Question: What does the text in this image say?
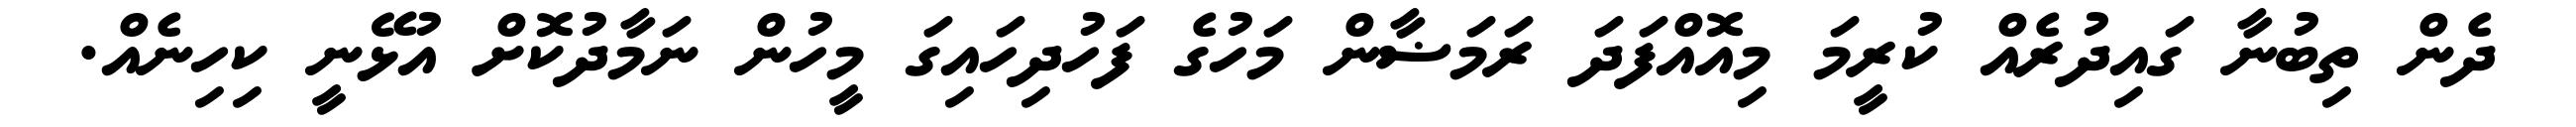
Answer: ދެން ތިބުނާ ގައިދުރެއް ކުރީމަ މިއޮއްފަދަ ރަމަޟާން މަހުގެ ފަހުދިހައިގަ މީހުން ނަމާދުކޮށް އުޅޭނީ ކިހިނެއް.